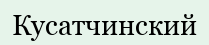
Кусатчинский